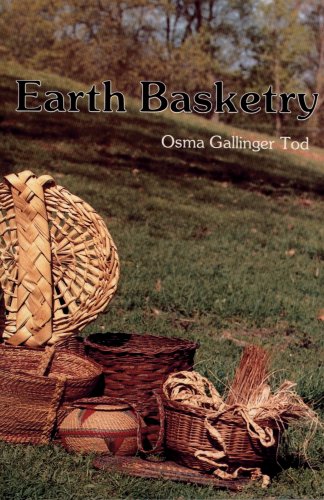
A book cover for Earth Basketry; Osma G. Tod; Crafts, Hobbies & Home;